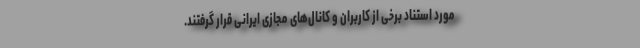
مورد استناد برخی از کاربران و کانال‌های مجازی ایرانی قرار گرفتند.